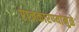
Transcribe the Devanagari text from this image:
राजकारण्यांमुळे